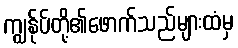
ကျွန်ုပ်တို့၏ဖောက်သည်များထံမှ